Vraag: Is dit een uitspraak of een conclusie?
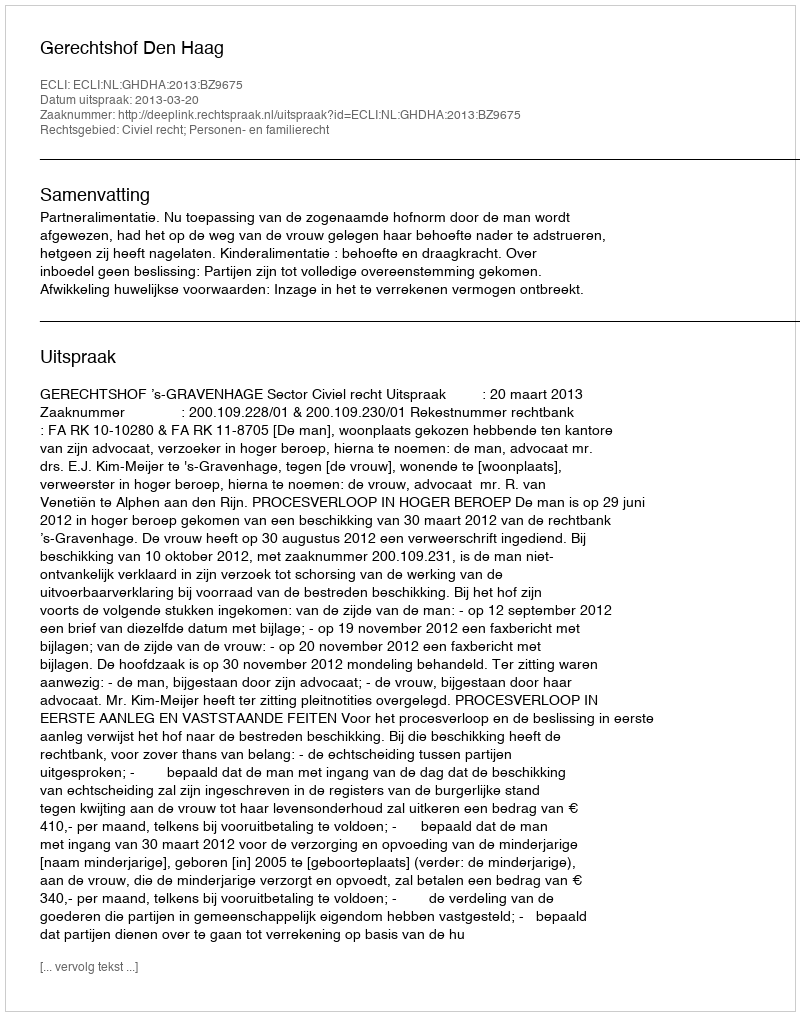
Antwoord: Uitspraak